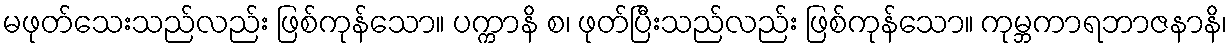
မဖုတ်သေးသည်လည်း ဖြစ်ကုန်သော။ ပက္ကာနိ စ၊ ဖုတ်ပြီးသည်လည်း ဖြစ်ကုန်သော။ ကုမ္ဘကာရဘာဇနာနိ၊